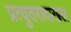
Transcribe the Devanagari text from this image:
प्रत्युतरादाखल